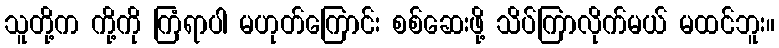
သူတို့က ကို့ကို ကြံရာပါ မဟုတ်ကြောင်း စစ်ဆေးဖို့ သိပ်ကြာလိုက်မယ် မထင်ဘူး။